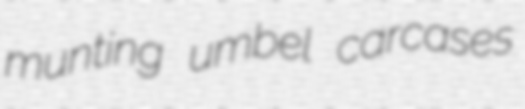
munting umbel carcases